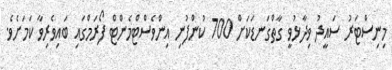
މިނިސްޓަރު ސައީދު ވިދާޅުވީ ގާތްގަނޑަކަށް 700 ކުންފުނި އިންވެސްޓްމެންޓް ފޯރަމްގައި ބައިވެރިވާ ކަމަށެވެ.